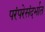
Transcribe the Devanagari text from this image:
परंपरेसंदर्भात